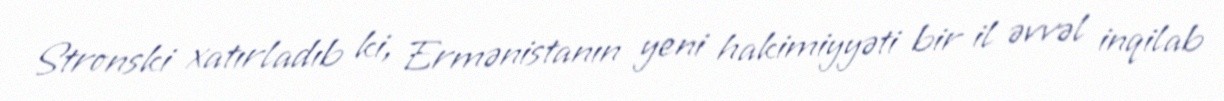
Stronski xatırladıb ki, Ermənistanın yeni hakimiyyəti bir il əvvəl inqilab